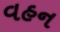
વહન